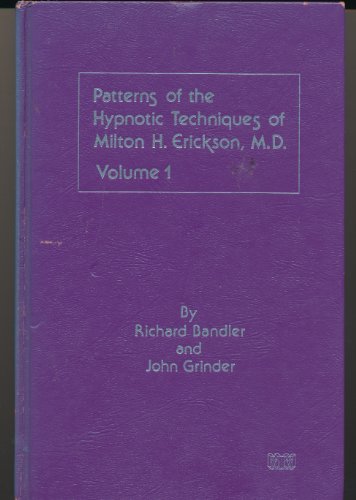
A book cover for Patterns of the Hypnotic Techniques of Milton H. Erickson, Volume 1; Richard;Grinder, John Bandler; Health, Fitness & Dieting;